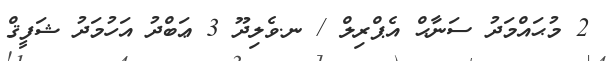
2 މުޙައްމަދު ސަނާޙް އެޕްރިލް / ނ.ވެލިދޫ 3 ޢަބްދު އަހުމަދު ޝަފީޤް